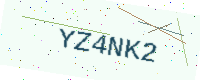
Text: YZ4NK2